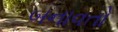
બનાવતો